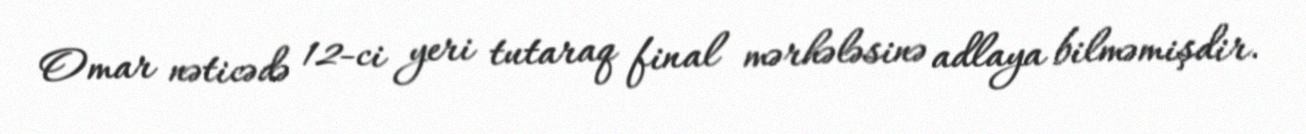
Omar nəticədə 12-ci yeri tutaraq final mərhələsinə adlaya bilməmişdir.